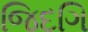
જિદગિ